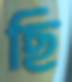
ছি